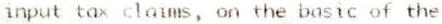
INPUT TAX CLAIMS, ON THE BASIC OF THE